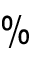
\%